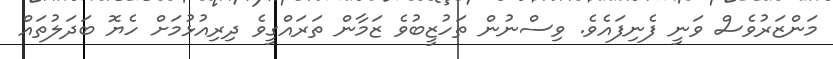
މަންޒަރުވެސް ވަނީ ފެނިފައެވެ. ވިސްނުން ތަހުޒީބުވެ ޒަމާން ތަރައްގީވެ ދިރިއުޅުމަށް ހެޔޮ ބަދަލުތައް